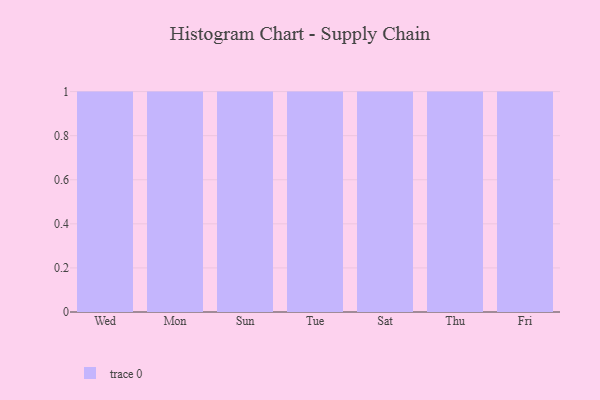
{"axis": {"x": "Day", "y": "Net Income (USD K)"}, "legend": [""], "data": [{"x": "Wed", "y": 25, "type": ""}, {"x": "Mon", "y": 66, "type": ""}, {"x": "Sun", "y": 30, "type": ""}, {"x": "Tue", "y": 41, "type": ""}, {"x": "Sat", "y": 44, "type": ""}, {"x": "Thu", "y": 37, "type": ""}, {"x": "Fri", "y": 98, "type": ""}]}